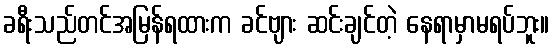
ခရီးသည်တင်အမြန်ရထားက ခင်ဗျား ဆင်းချင်တဲ့ နေရာမှာမရပ်ဘူး။